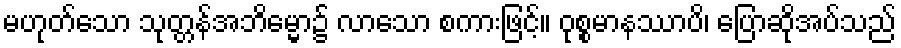
မဟုတ်သော သုတ္တန်အဘိမ္မော၌ လာသော စကားဖြင့်။ ဝုစ္စမာနဿာပိ၊ ပြောဆိုအပ်သည်